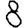
Digit: 8